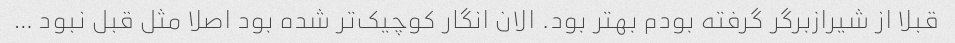
قبلا از شیرازبرگر گرفته بودم بهتر بود. الان انگار کوچیک‌تر شده بود اصلا مثل قبل نبود …